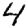
Digit: 4